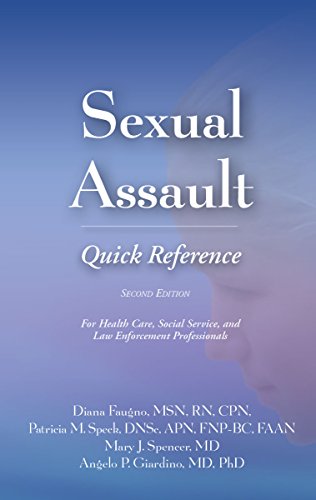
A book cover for Sexual Assault Quick Reference 2E; Diana K. Faugno; Law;